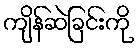
ကျိန်ဆဲခြင်းကို